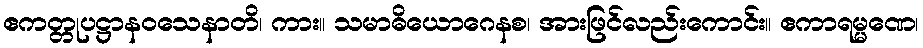
ဧကတ္တုပဋ္ဌာနဝသေနာတိ၊ ကား။ သမာဓိယောဂေနစ၊ အားဖြင်လည်းကောင်း။ ဧကာရမ္မဏေ၊